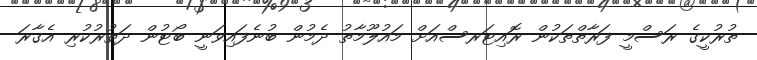
ތުރުކީގެ ރަސްމީ ފަރާތްތަކުން ރޮއިޓަރސްއަށް މައުލޫމާތު ދެމުން ބުނެފައިވަނީ ބޯޓުން ދަތުރުކުރި އެގާރަ